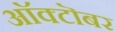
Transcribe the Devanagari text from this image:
आॅक्टॊबर